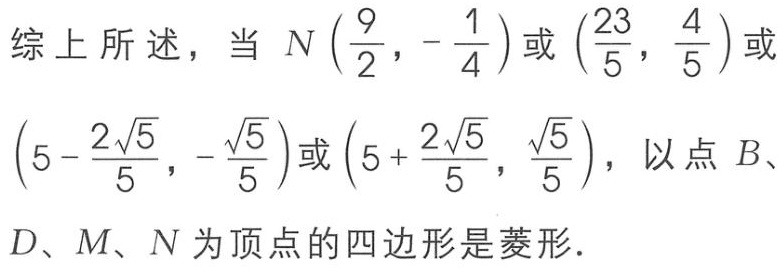
综上所述，当 \(N\left(\frac{9}{2},-\frac{1}{4}\right)\)或\(\left(\frac{23}{5},\frac{4}{5}\right)\)或\(\left(5 - \frac{2\sqrt{5}}{5},-\frac{\sqrt{5}}{5}\right)\)或\(\left(5+\frac{2\sqrt{5}}{5},\frac{\sqrt{5}}{5}\right)\)，以点 \(B\)、\(D\)、\(M\)、\(N\)为顶点的四边形是菱形.